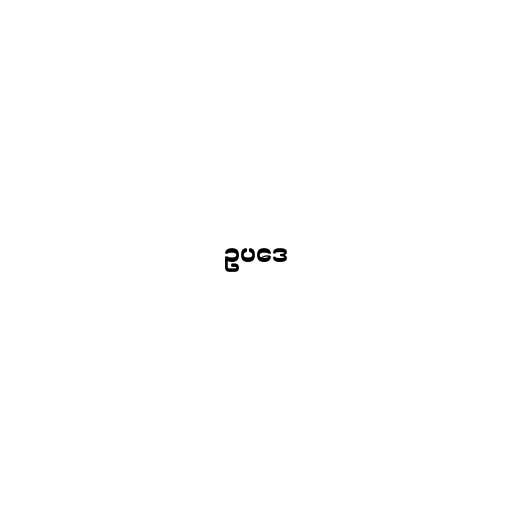
ဥပဒေ